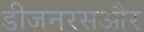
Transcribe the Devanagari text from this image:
डीजनरसऔर